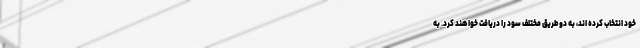
خود انتخاب کرده اند، به دو طریق مختلف سود را دریافت خواهند کرد. به